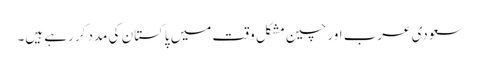
سعودی عرب اور چین مشکل وقت میں پاکستان کی مدد کر رہے ہیں۔